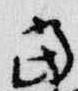
当